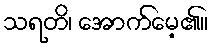
သရတိ၊ အောက်မေ့၏။